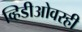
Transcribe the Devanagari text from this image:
व्हिडीओवरही